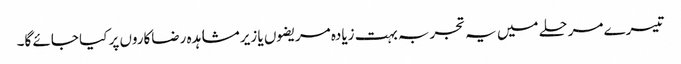
تیسرے مرحلے میں یہ تجربہ بہت زیادہ مریضوں یا زیر مشاہدہ رضاکاروں پر کیا جائے گا۔